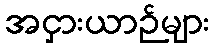
အငှားယာဉ်များ